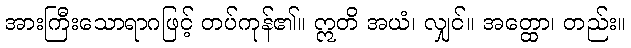
အားကြီးသောရာဂဖြင့် တပ်ကုန်၏။ ဣတိ အယံ၊ လျှင်။ အတ္ထော၊ တည်း။